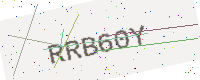
Text: RRB60Y